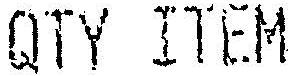
QTY ITEM